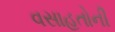
વસાહતોની